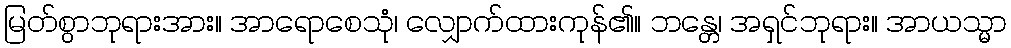
မြတ်စွာဘုရားအား။ အာရောစေသုံ၊ လျှောက်ထားကုန်၏။ ဘန္တေ၊ အရှင်ဘုရား။ အာယသ္မာ